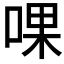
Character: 𠵩